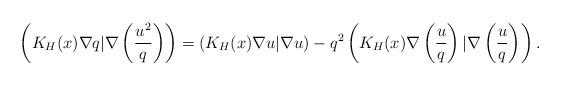
LaTeX: \begin{align*}\left(K_H(x)\nabla q| \nabla\left( \frac{u^2}{q}\right) \right)=\left(K_H(x)\nabla u|\nabla u\right)- q^2\left(K_H(x)\nabla \left( \frac{u}{q}\right) |\nabla \left( \frac{u}{q}\right) \right).\end{align*}